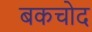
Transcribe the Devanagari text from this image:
बकचोद